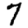
Digit: 7